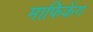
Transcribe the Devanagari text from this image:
माफिकेंग